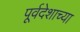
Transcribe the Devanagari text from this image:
पूर्वदेशाच्या